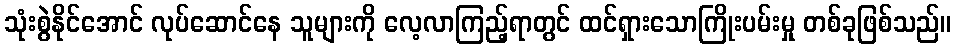
သုံးစွဲနိုင်အောင် လုပ်ဆောင်နေ သူများကို လေ့လာကြည့်ရာတွင် ထင်ရှားသောကြိုးပမ်းမှု တစ်ခုဖြစ်သည်။